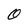
Character: 0